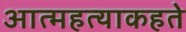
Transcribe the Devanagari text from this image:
आत्महत्याकहते